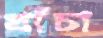
খাঁচা